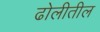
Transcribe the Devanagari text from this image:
ढोलीतील